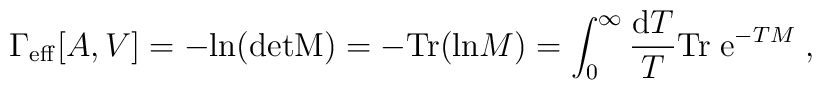
\Gamma_{\rm eff}[A,V]=-{\rm ln}({\rm det M})=-{\rm Tr}({\rm ln} M)=\int_0^\infty{{\rm d}T\over T}{\rm Tr}\;{\rm e}^{-T M}\;,